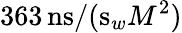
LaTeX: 363\, \mathrm{ns}/(\mathrm{s}_{w}M^{2})